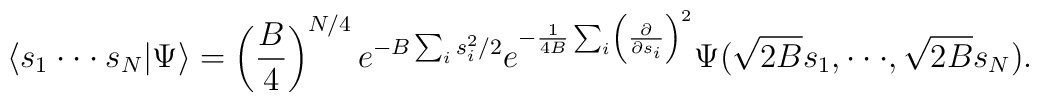
\langle s_1 \cdot \cdot \cdot s_N|\Psi \rangle =\left( {B \over 4} \right) ^{N/4}e^{-B \sum_i s_i^2/2}e^{-{1 \over 4B} \sum_i \left( {\partial \over \partial s_i} \right)^2}\Psi(\sqrt{2B}s_1,  \cdot \cdot \cdot ,\sqrt{2B} s_N).